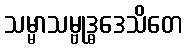
သမ္မာသမ္ဗုဒ္ဓဒေသိတေ